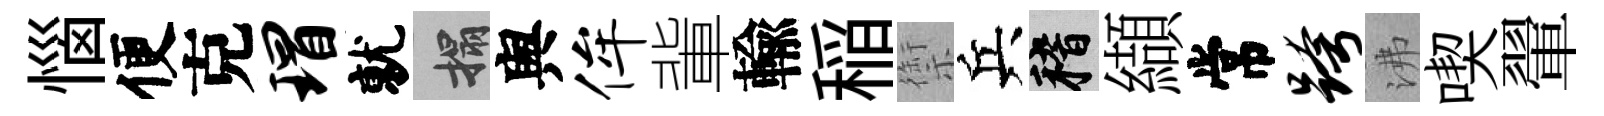
惱便克瑁就搨舆侔軰輸稲禦兵稽纈常跨沸喫翬